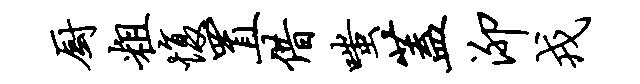
厨粗愎置借嗤盖泖戎